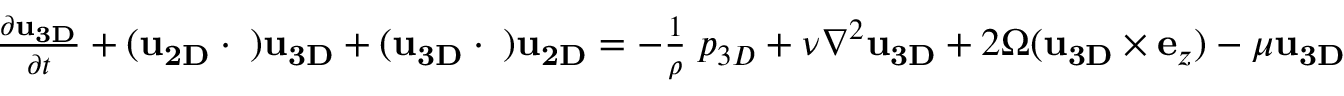
\begin{array} { r } { \frac { \partial { \bf u } _ { \bf 3 D } } { \partial t } + ( { \bf u } _ { \bf 2 D } \cdot { \bf \nabla } ) { \bf u } _ { \bf 3 D } + ( { \bf u } _ { \bf 3 D } \cdot { \bf \nabla } ) { \bf u } _ { \bf 2 D } = - \frac { 1 } { \rho } { \bf \nabla } p _ { 3 D } + \nu \nabla ^ { 2 } { \bf u } _ { \bf 3 D } + 2 \Omega ( { \bf u } _ { \bf 3 D } \times { \bf e } _ { z } ) - \mu { \bf u } _ { \bf 3 D } } \end{array}